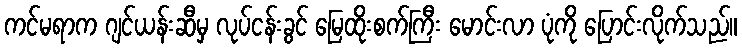
ကင်မရာက ဂျင်ယန်းဆီမှ လုပ်ငန်းခွင် မြေထိုးစက်ကြီး မောင်းလာ ပုံကို ပြောင်းလိုက်သည်။